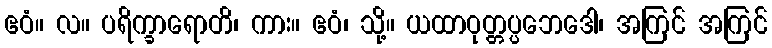
ဧဝံ။ လ။ ပရိက္ခာရောတိ၊ ကား။ ဧဝံ၊ သို့။ ယထာဝုတ္တပ္ပဘေဒေါ၊ အကြင် အကြင်